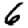
Digit: 6